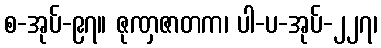
စ-အုပ်-၉၇။ ဇုဏှဇာတက၊ ပါ-ပ-အုပ်-၂၂၇၊